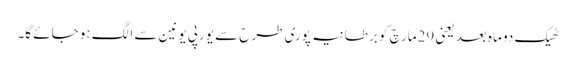
ٹھیک دو ماہ بعد یعنی 29مارچ کو برطانیہ پوری طرح سے یورپی یونین سے الگ ہو جائے گا۔